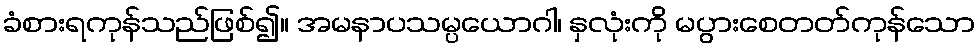
ခံစားရကုန်သည်ဖြစ်၍။ အမနာပသမ္ပယောဂါ၊ နှလုံးကို မပွားစေတတ်ကုန်သော